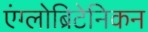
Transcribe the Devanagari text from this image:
एंग्लोब्रिटेनिकन